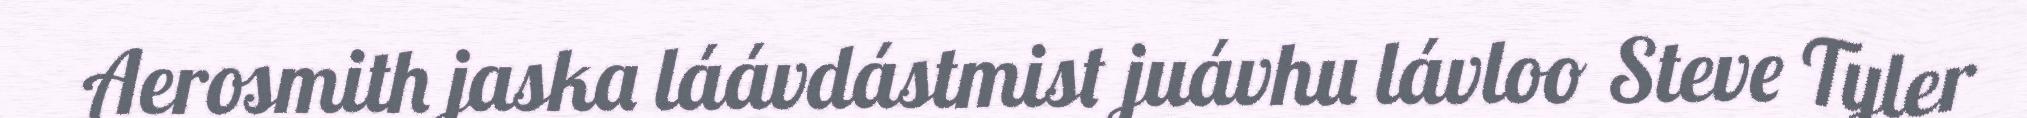
Aerosmith jaska láávdástmist juávhu lávloo Steve Tyler